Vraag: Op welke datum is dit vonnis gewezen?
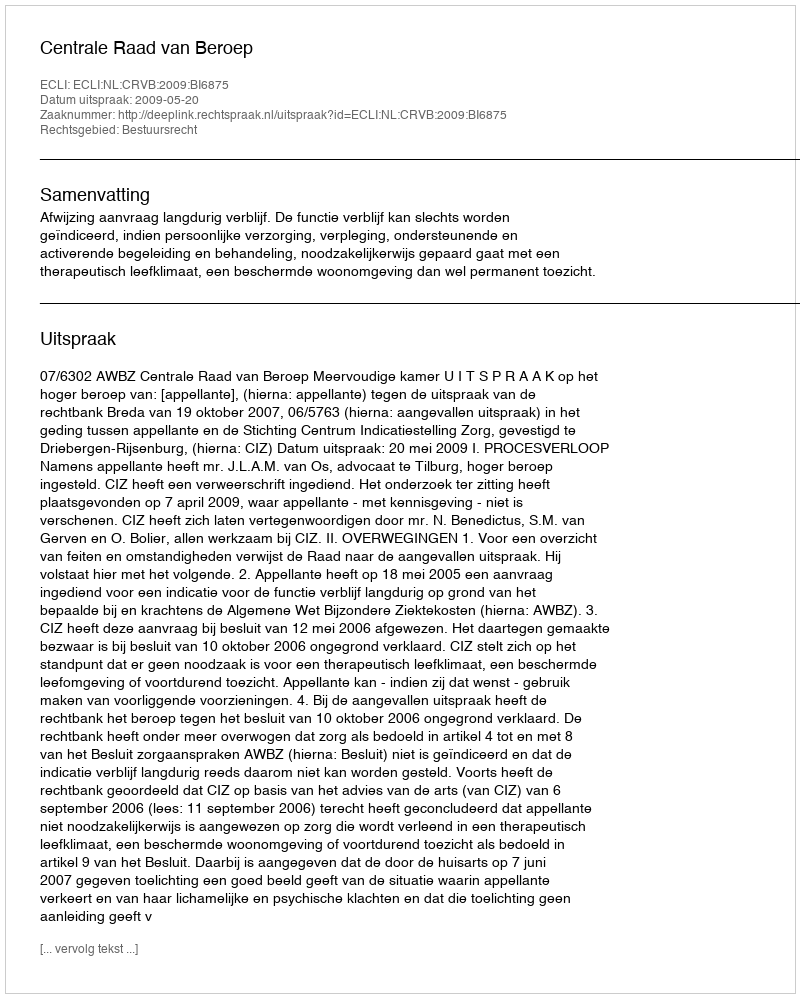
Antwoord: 2009-05-20